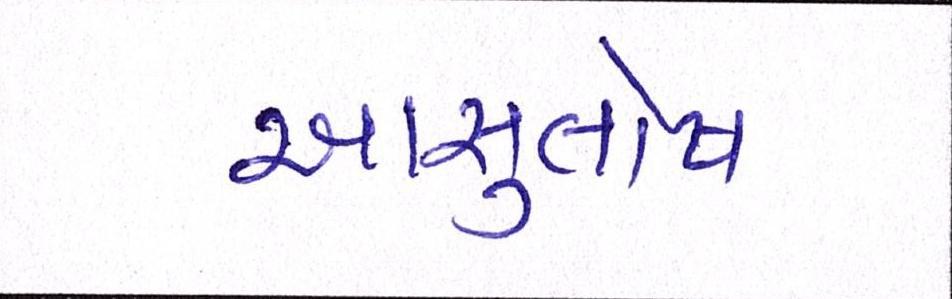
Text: આસુતોષ